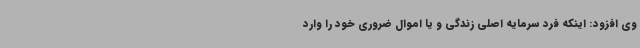
وی افزود: اینکه فرد سرمایه اصلی زندگی و یا اموال ضروری خود را وارد